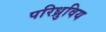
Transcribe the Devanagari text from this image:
परिध्रुविय